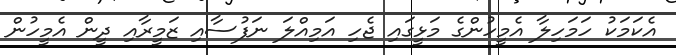
އެކަމަކު ހަމަހިލާ އެމީހުންގެ މަޅީގައި ޖެހި އަމިއްލަ ނަފުސާއި ޒަމީރާއި ދީން އެމީހުން